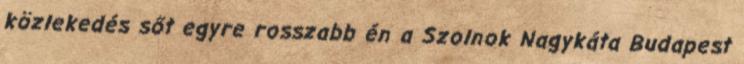
közlekedés sőt egyre rosszabb én a Szolnok Nagykáta Budapest